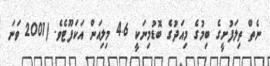
ނެތް ތިލަފުށީގެ ބިމުގެ މިއަދުގެ ބޮޑުމިނަކީ 4.6 މިލިއަން އަކަފޫޓެވެ. (2001 ވަނަ